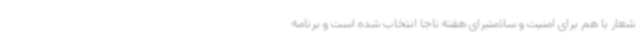
شعار با هم برای امنیت و سلامتبرای هفته ناجا انتخاب شده است و برنامه